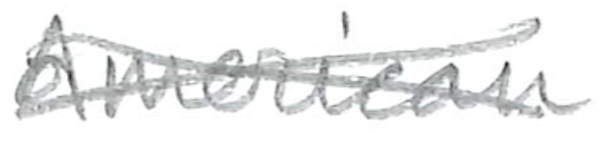
Text: American
Cross-out: cross
Writing tool: pencil